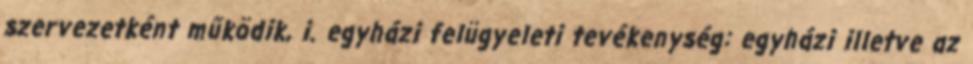
szervezetként működik, i. egyházi felügyeleti tevékenység: egyházi illetve az